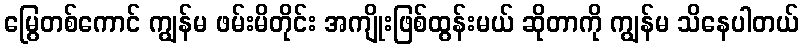
မြွေတစ်ကောင် ကျွန်မ ဖမ်းမိတိုင်း အကျိုးဖြစ်ထွန်းမယ် ဆိုတာကို ကျွန်မ သိနေပါတယ်